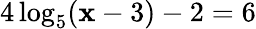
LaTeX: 4\log_{5}(\mathbf{x}-3)-2=6